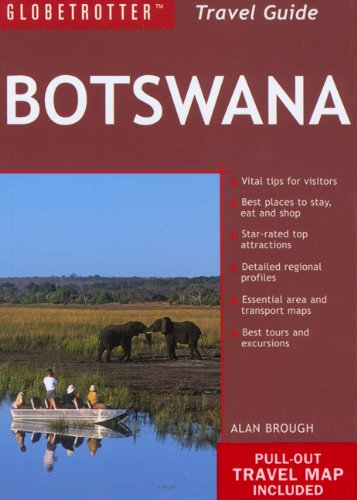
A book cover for Botswana Travel Pack (Globetrotter Travel Packs); Globetrotter; Travel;